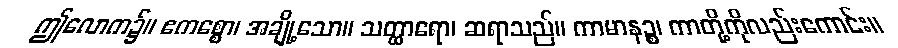
ဤလောက၌။ ဧကစ္စော၊ အချို့သော။ သတ္ထာရော၊ ဆရာသည်။ ကာမာနဉ္စ၊ ကာတို့ကိုလည်းကောင်း။